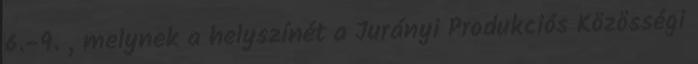
6.-9. , melynek a helyszínét a Jurányi Produkciós Közösségi